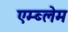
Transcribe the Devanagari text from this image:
एम्ब्लेम